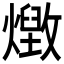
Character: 𭶔